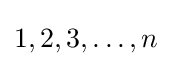
1,2,3,\ldots ,n